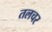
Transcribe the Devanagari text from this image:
तलचर